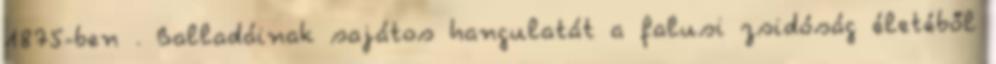
1875-ben . Balladáinak sajátos hangulatát a falusi zsidóság életéből